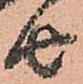
由